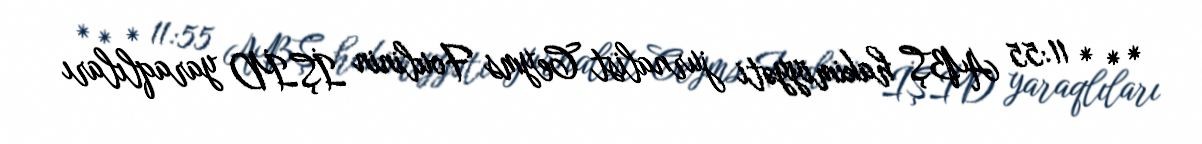
* * * 11:55 ABŞ hakimiyyəti jurnalist Ceyms Foulinin İŞİD yaraqlıları